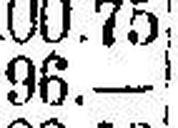
96.—